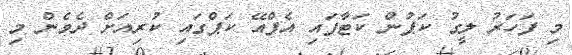
މި ފަހަރު ލީގު ކަޕުން ކަޓާފައި އެފްއޭ ކަޕްގައި ކުރިއަށް ދެވެން މި